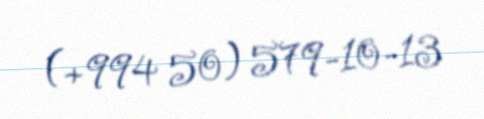
(+994 50) 579-10-13